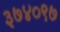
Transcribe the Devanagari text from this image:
३७४०९७